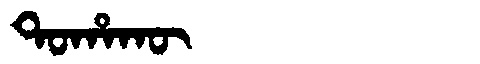
Manchu: ᡨᠣᡥᠠᡴᡡ
Romanization: TOHAKŪ